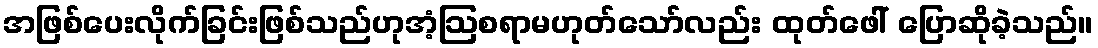
အဖြစ်ပေးလိုက်ခြင်းဖြစ်သည်ဟုအံ့ဩစရာမဟုတ်သော်လည်း ထုတ်ဖေါ် ပြောဆိုခဲ့သည်။